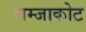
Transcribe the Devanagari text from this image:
राम्जाकोट